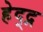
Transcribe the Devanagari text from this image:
हेद्द्न